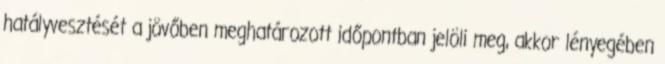
hatályvesztését a jövőben meghatározott időpontban jelöli meg, akkor lényegében